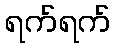
ရက်ရက်